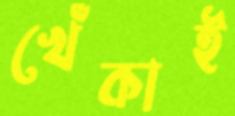
খেঁকাই